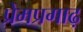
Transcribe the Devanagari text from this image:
प्रेमप्रगाढ़